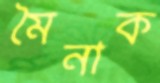
মৈনাক